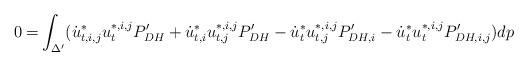
LaTeX: \begin{align*}0=& \int_{\Delta'} (\dot{u}^*_{t,i,j}u_t^{*,i,j}P_{DH}'+\dot{u}^*_{t,i}u_{t,j}^{*,i,j}P_{DH}'-\dot{u}^*_{t}u_{t,j}^{*,i,j}P_{DH,i}'-\dot{u}^*_{t}u_t^{*,i,j}P_{DH,i,j}')dp\end{align*}